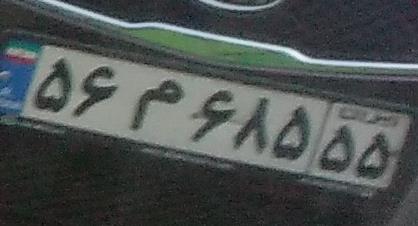
۵۶م۶۸۵۵۵